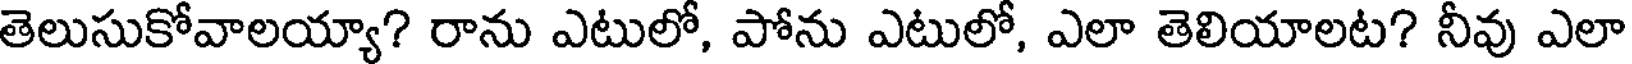
తెలుసుకోవాలయ్యా? రాను ఎటులో, పోను ఎటులో, ఎలా తెలియాలట? నీవు ఎలా